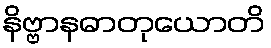
နိဗ္ဗာနဓာတုယောတိ